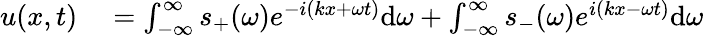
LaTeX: \begin{array}{rl}{u(x,t)}&{{}=\int_{-\infty}^{\infty}s_{+}(\omega)e^{-i(kx+\omega t)}\mathrm{d}\omega+\int_{-\infty}^{\infty}s_{-}(\omega)e^{i(kx-\omega t)}\mathrm{d}\omega}\end{array}